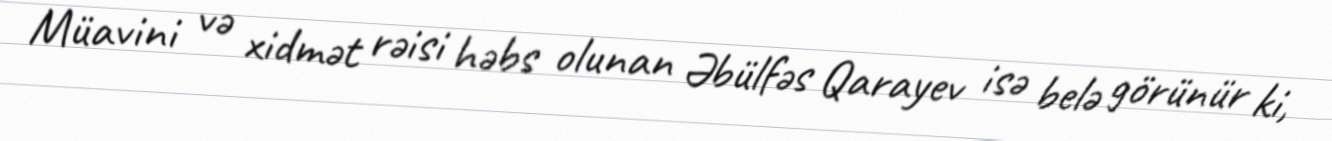
Müavini və xidmət rəisi həbs olunan Əbülfəs Qarayev isə belə görünür ki,